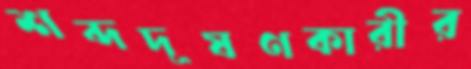
শব্দদূষণকারীর